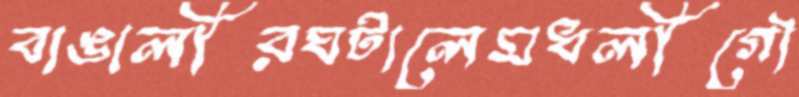
বাঙালীরঘটালেমধলীগৌ